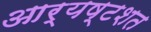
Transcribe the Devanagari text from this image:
आर्यष्टशत